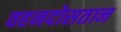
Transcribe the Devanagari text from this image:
वहनदोसतान